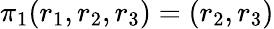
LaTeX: \pi_{1}(r_{1},r_{2},r_{3})=(r_{2},r_{3})